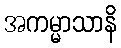
အကမ္မာသာနိ